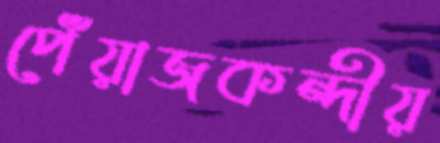
পেঁয়াজকন্দীয়